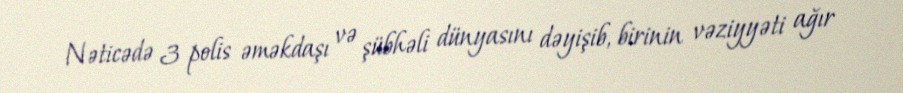
Nəticədə 3 polis əməkdaşı və şübhəli dünyasını dəyişib, birinin vəziyyəti ağır